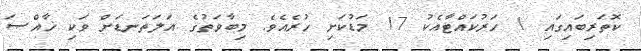
ކޮތަރިބައިގައި 1 ހަރުކައްޓާއެކު 17 މަޑުކަށި ހުރެއެވެ. މިބާވަތުގެ އަލަތަނޑަށް ވަކި ޚާއްޞަ